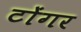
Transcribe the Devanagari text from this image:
टोंगर